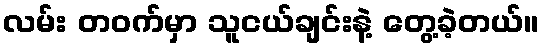
လမ်း တဝက်မှာ သူငယ်ချင်းနဲ့ တွေ့ခဲ့တယ်။